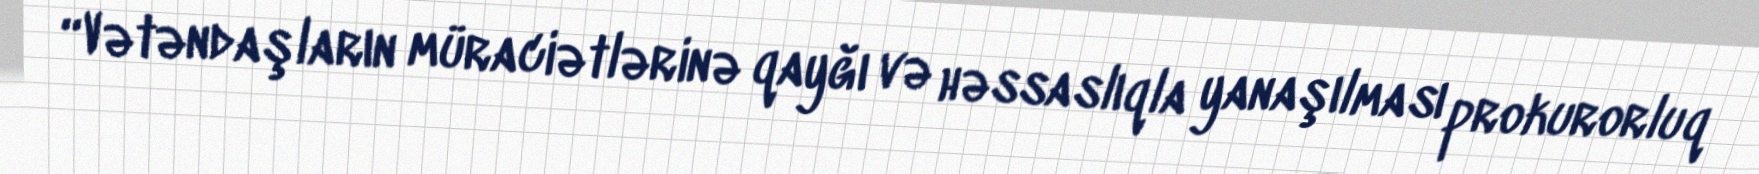
“Vətəndaşların müraciətlərinə qayğı və həssaslıqla yanaşılması prokurorluq